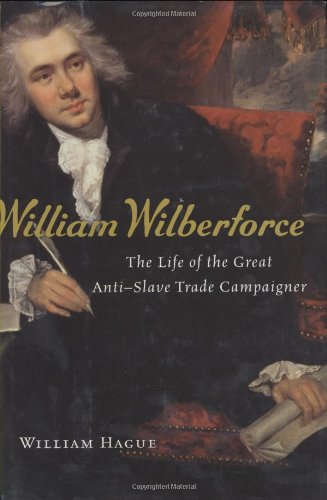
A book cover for William Wilberforce: The Life of the Great Anti-Slave Trade Campaigner; William Hague; History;